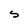
Character: S